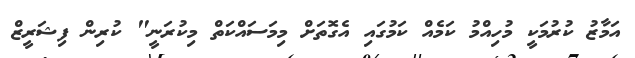
އަމާޒު ކުރުމަކީ މުހިއްމު ކަމެއް ކަމުގައި އެގޮތަށް މިމަސައްކަތް މިކުރަނީ" ކުރިން ފިޝަރީޒް